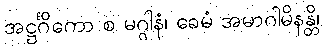
အဋ္ဌင်္ဂိကော စ မဂ္ဂါနံ၊ ခေမံ အမာဂါမိနန္တိ၊